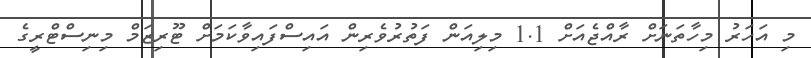
މި އަހަރު މިހާތަނަށް ރާއްޖެއަށް 1.1 މިލިއަން ފަތުރުވެރިން އައިސްފައިވާކަމަށް ޓޫރިޒަމް މިނިސްޓްރީގެ